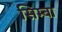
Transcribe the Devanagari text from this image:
सिम्बा